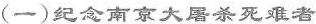
(一)纪念南京大屠杀死难者